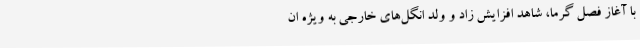
با آغاز فصل گرما، شاهد افزایش زاد و ولد انگل‌های خارجی به ویژه ان